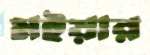
মইয়ার